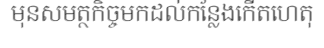
មុនសមត្ថកិច្ចមកដល់កន្លែងកើតហេតុ